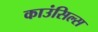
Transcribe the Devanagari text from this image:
काउंसिल्स